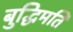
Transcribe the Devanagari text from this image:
बुद्धिमति